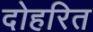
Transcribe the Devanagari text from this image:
दोहरित